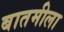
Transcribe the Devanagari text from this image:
बातमीला